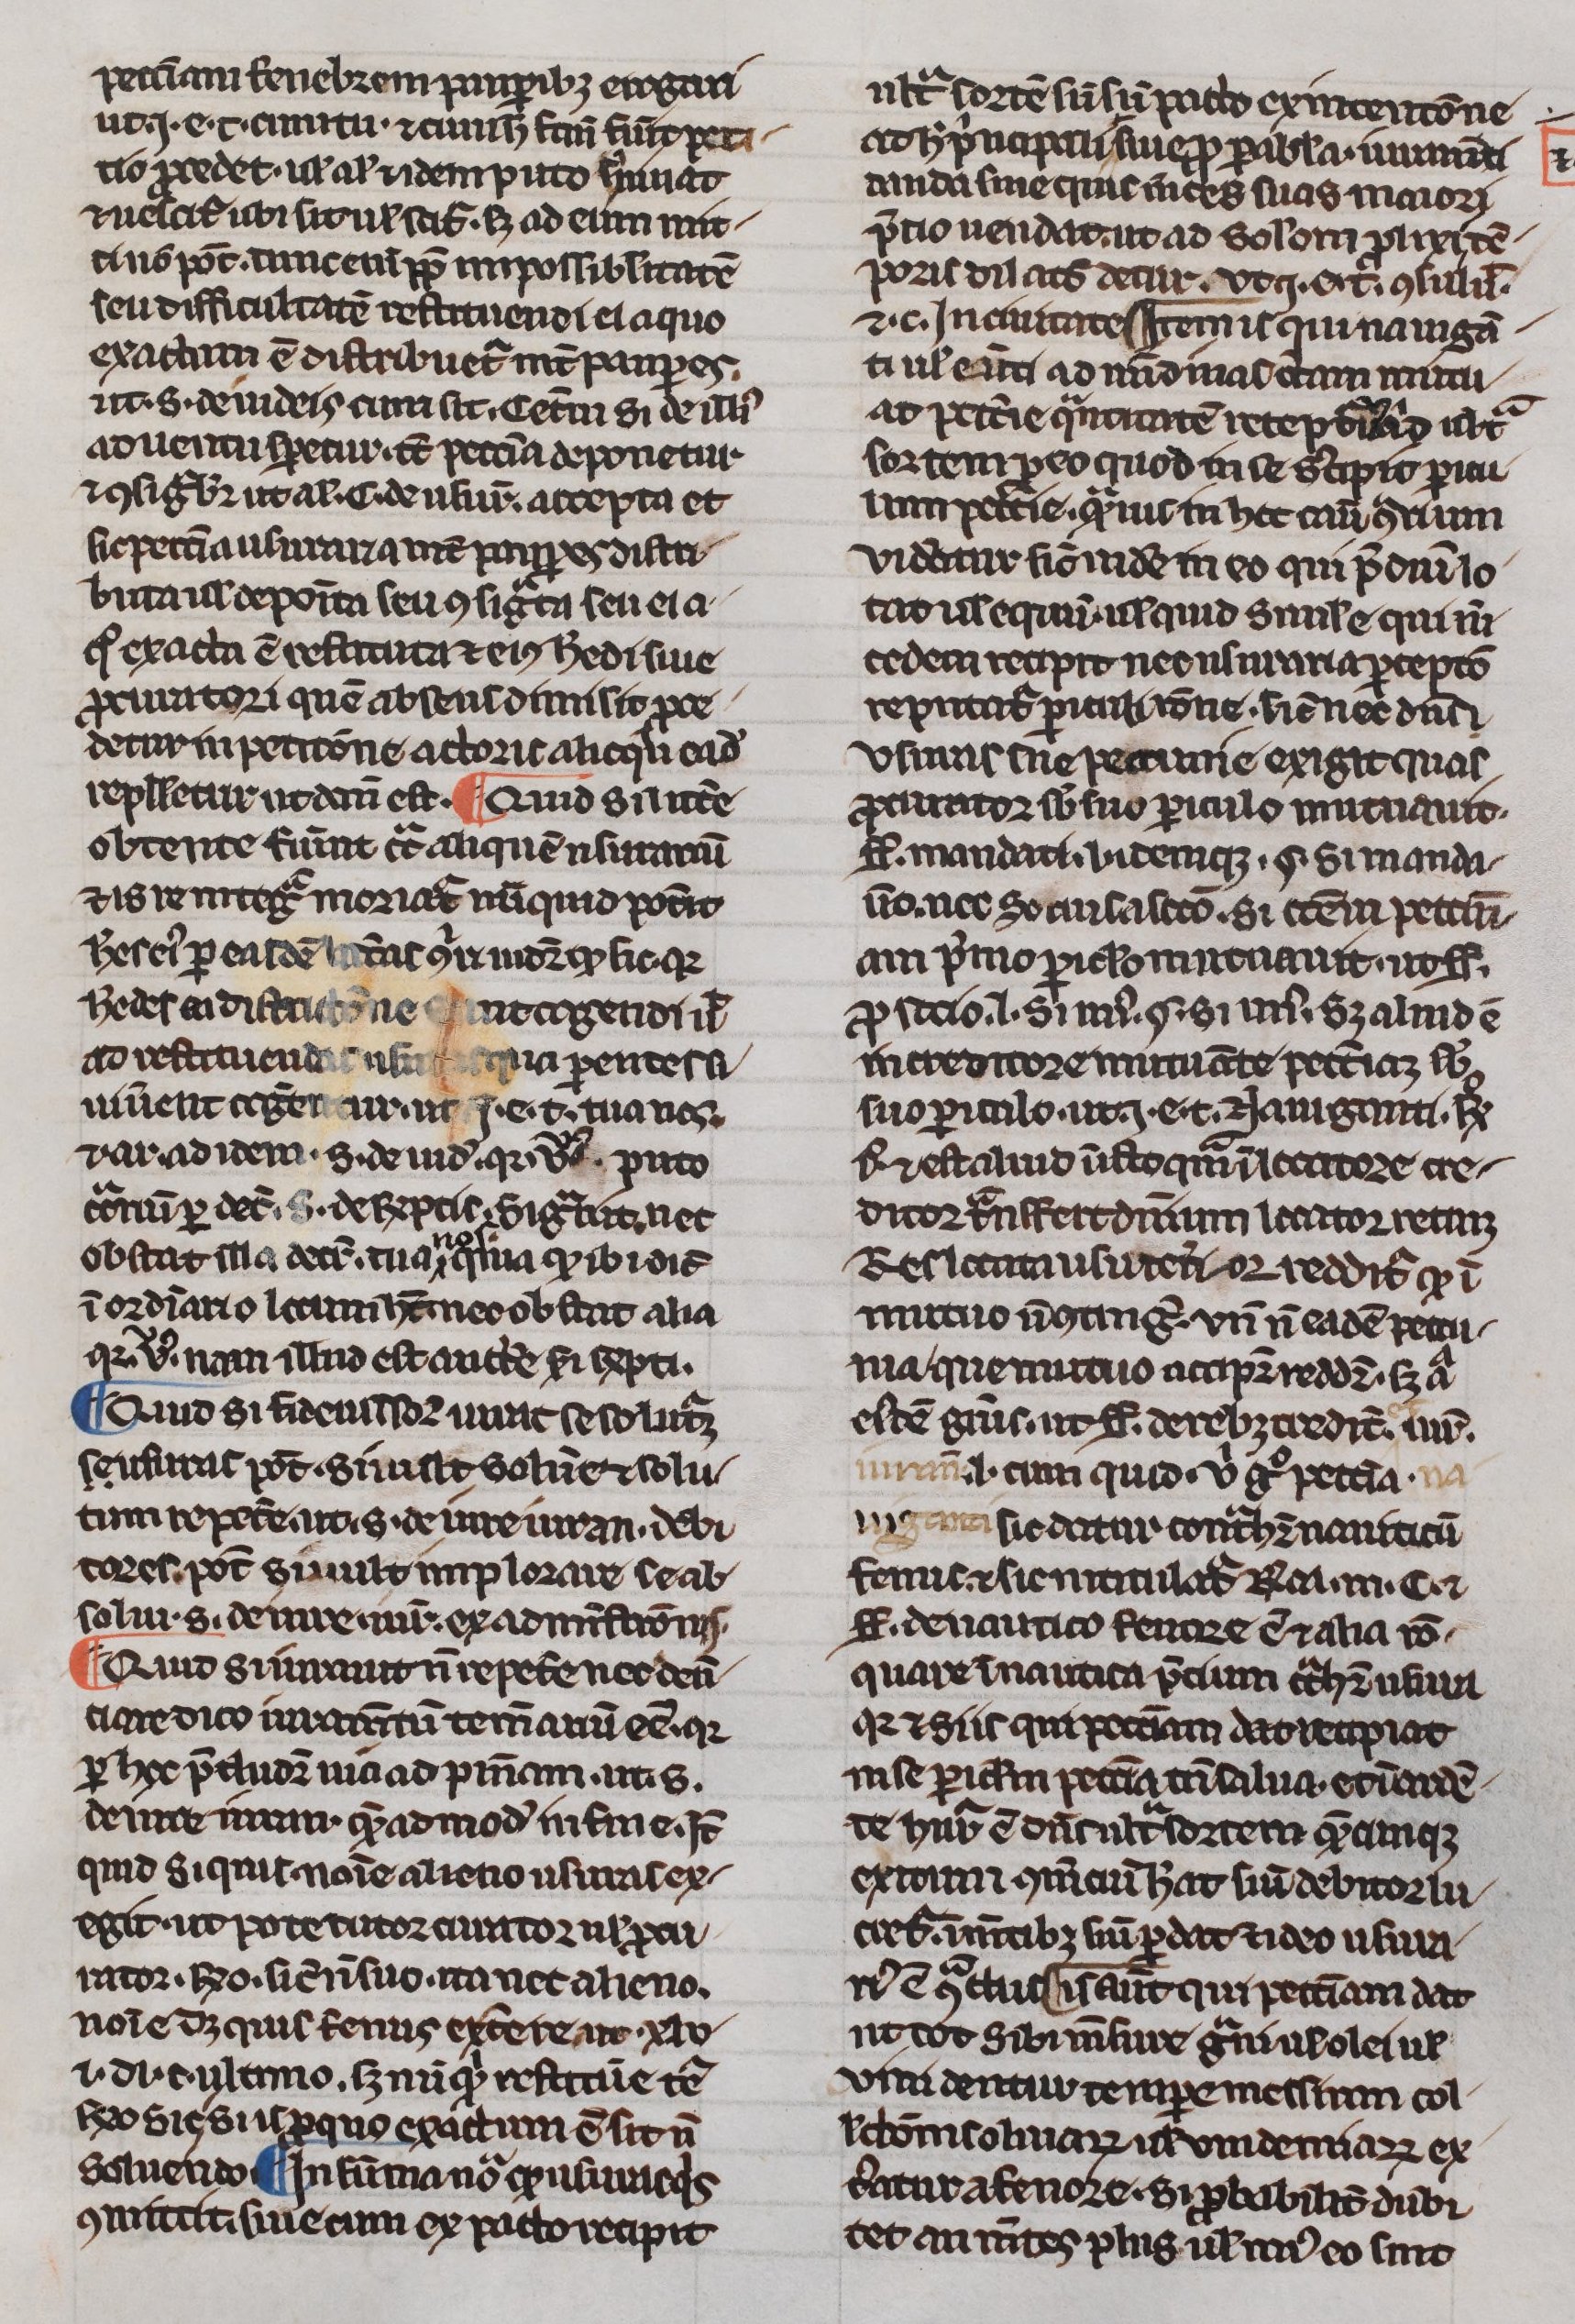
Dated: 1300–1330